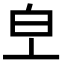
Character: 𤼿